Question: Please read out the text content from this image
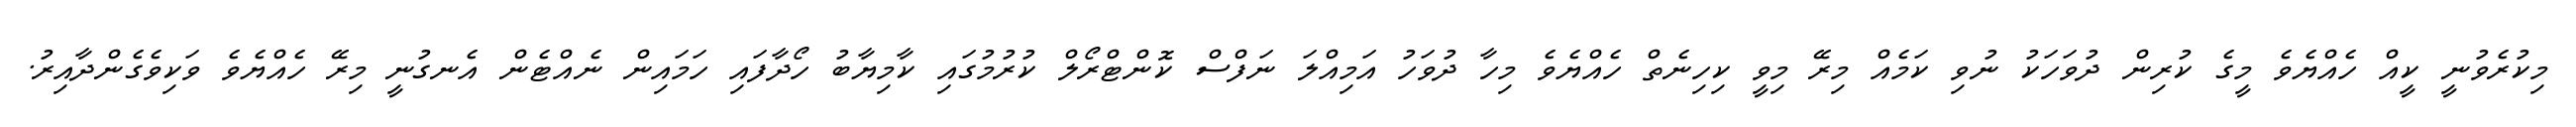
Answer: މިކުރެވުނީ ކީއް ހެއްޔެވެ މީގެ ކުރިން ދުވަހަކު ނުވި ކަމެއް މިރޭ މިވީ ކިހިނެތް ހެއްޔެވެ މިހާ ދުވަހު އަމިއްލަ ނަފްސް ކޮންޓްރޯލް ކުރުމުގައި ކާމިޔާބު ހޯދާފައި ހަމައިން ނެއްޓެން އެނގުނީ މިރޭ ހެއްޔެވެ ވަކިވެގެންދާއިރު.